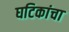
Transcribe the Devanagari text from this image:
घटिकांचा